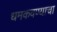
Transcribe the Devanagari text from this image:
धमकवण्याचा